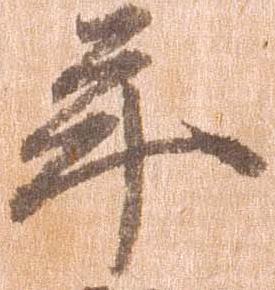
年